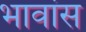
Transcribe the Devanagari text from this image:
भावांस